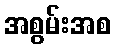
အစွမ်းအစ